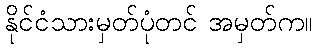
နိုင်ငံသားမှတ်ပုံတင် အမှတ်က။